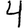
Digit: 4